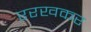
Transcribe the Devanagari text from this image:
ररखकर